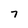
Character: 7